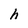
Character: h